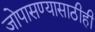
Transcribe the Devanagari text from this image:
जोपासण्यासाठीही